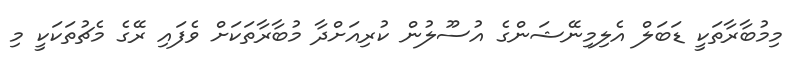
މިމުބާރާތަކީ ޑަބަލް އެލިމިނޭޝަންގެ އުސޫލުން ކުރިއަށްދާ މުބާރާތަކަށް ވެފައި ރޭގެ މެޗުތަކަކީ މި